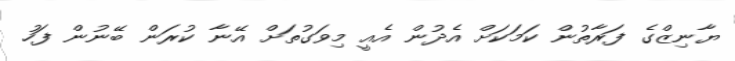
ޔާނިޒްގެ ފަރާތުން ކަމަކަށް އެދުން އެއީ މިވަގުތަށް އޭނާ ކުރަން ބޭނުން ފަހު